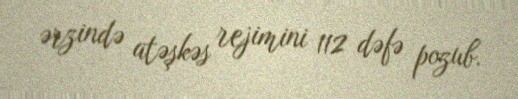
ərzində atəşkəs rejimini 112 dəfə pozub.